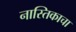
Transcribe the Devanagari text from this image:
नास्तिकाचा